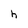
Character: h